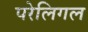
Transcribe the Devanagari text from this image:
परेलिगल